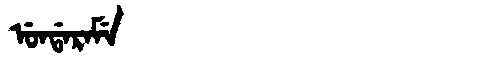
Manchu: ᡠᠨᡩᠠᡵᠠᠮᡝ
Romanization: UNDARAME